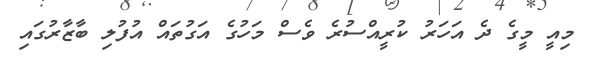
މިއީ މީގެ ދެ އަހަރު ކުރީއްސުރެ ވެސް މަހުގެ އަގުތައް އުފުލި ބާޒާރުގައި